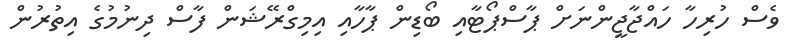
ވެސް ހުރިހާ ހައްޖާޖީންނަށް ޕާސްޕޯޓާއި ބޯޑިން ޕާހާއި އިމިގްރޭޝަން ފާސް ދިނުމުގެ އިތުރުން